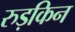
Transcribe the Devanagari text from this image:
रुड़किन